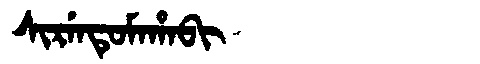
Manchu: ᠰᡳᡵᡝᠨᡨᡠᠮᠠᡥᠠᠪᡳ
Romanization: SIRENTUMAHABI